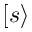
[ s \rangle